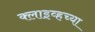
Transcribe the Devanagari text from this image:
क्लाइव्हच्या